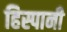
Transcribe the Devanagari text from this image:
हिस्पानी